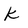
Character: k